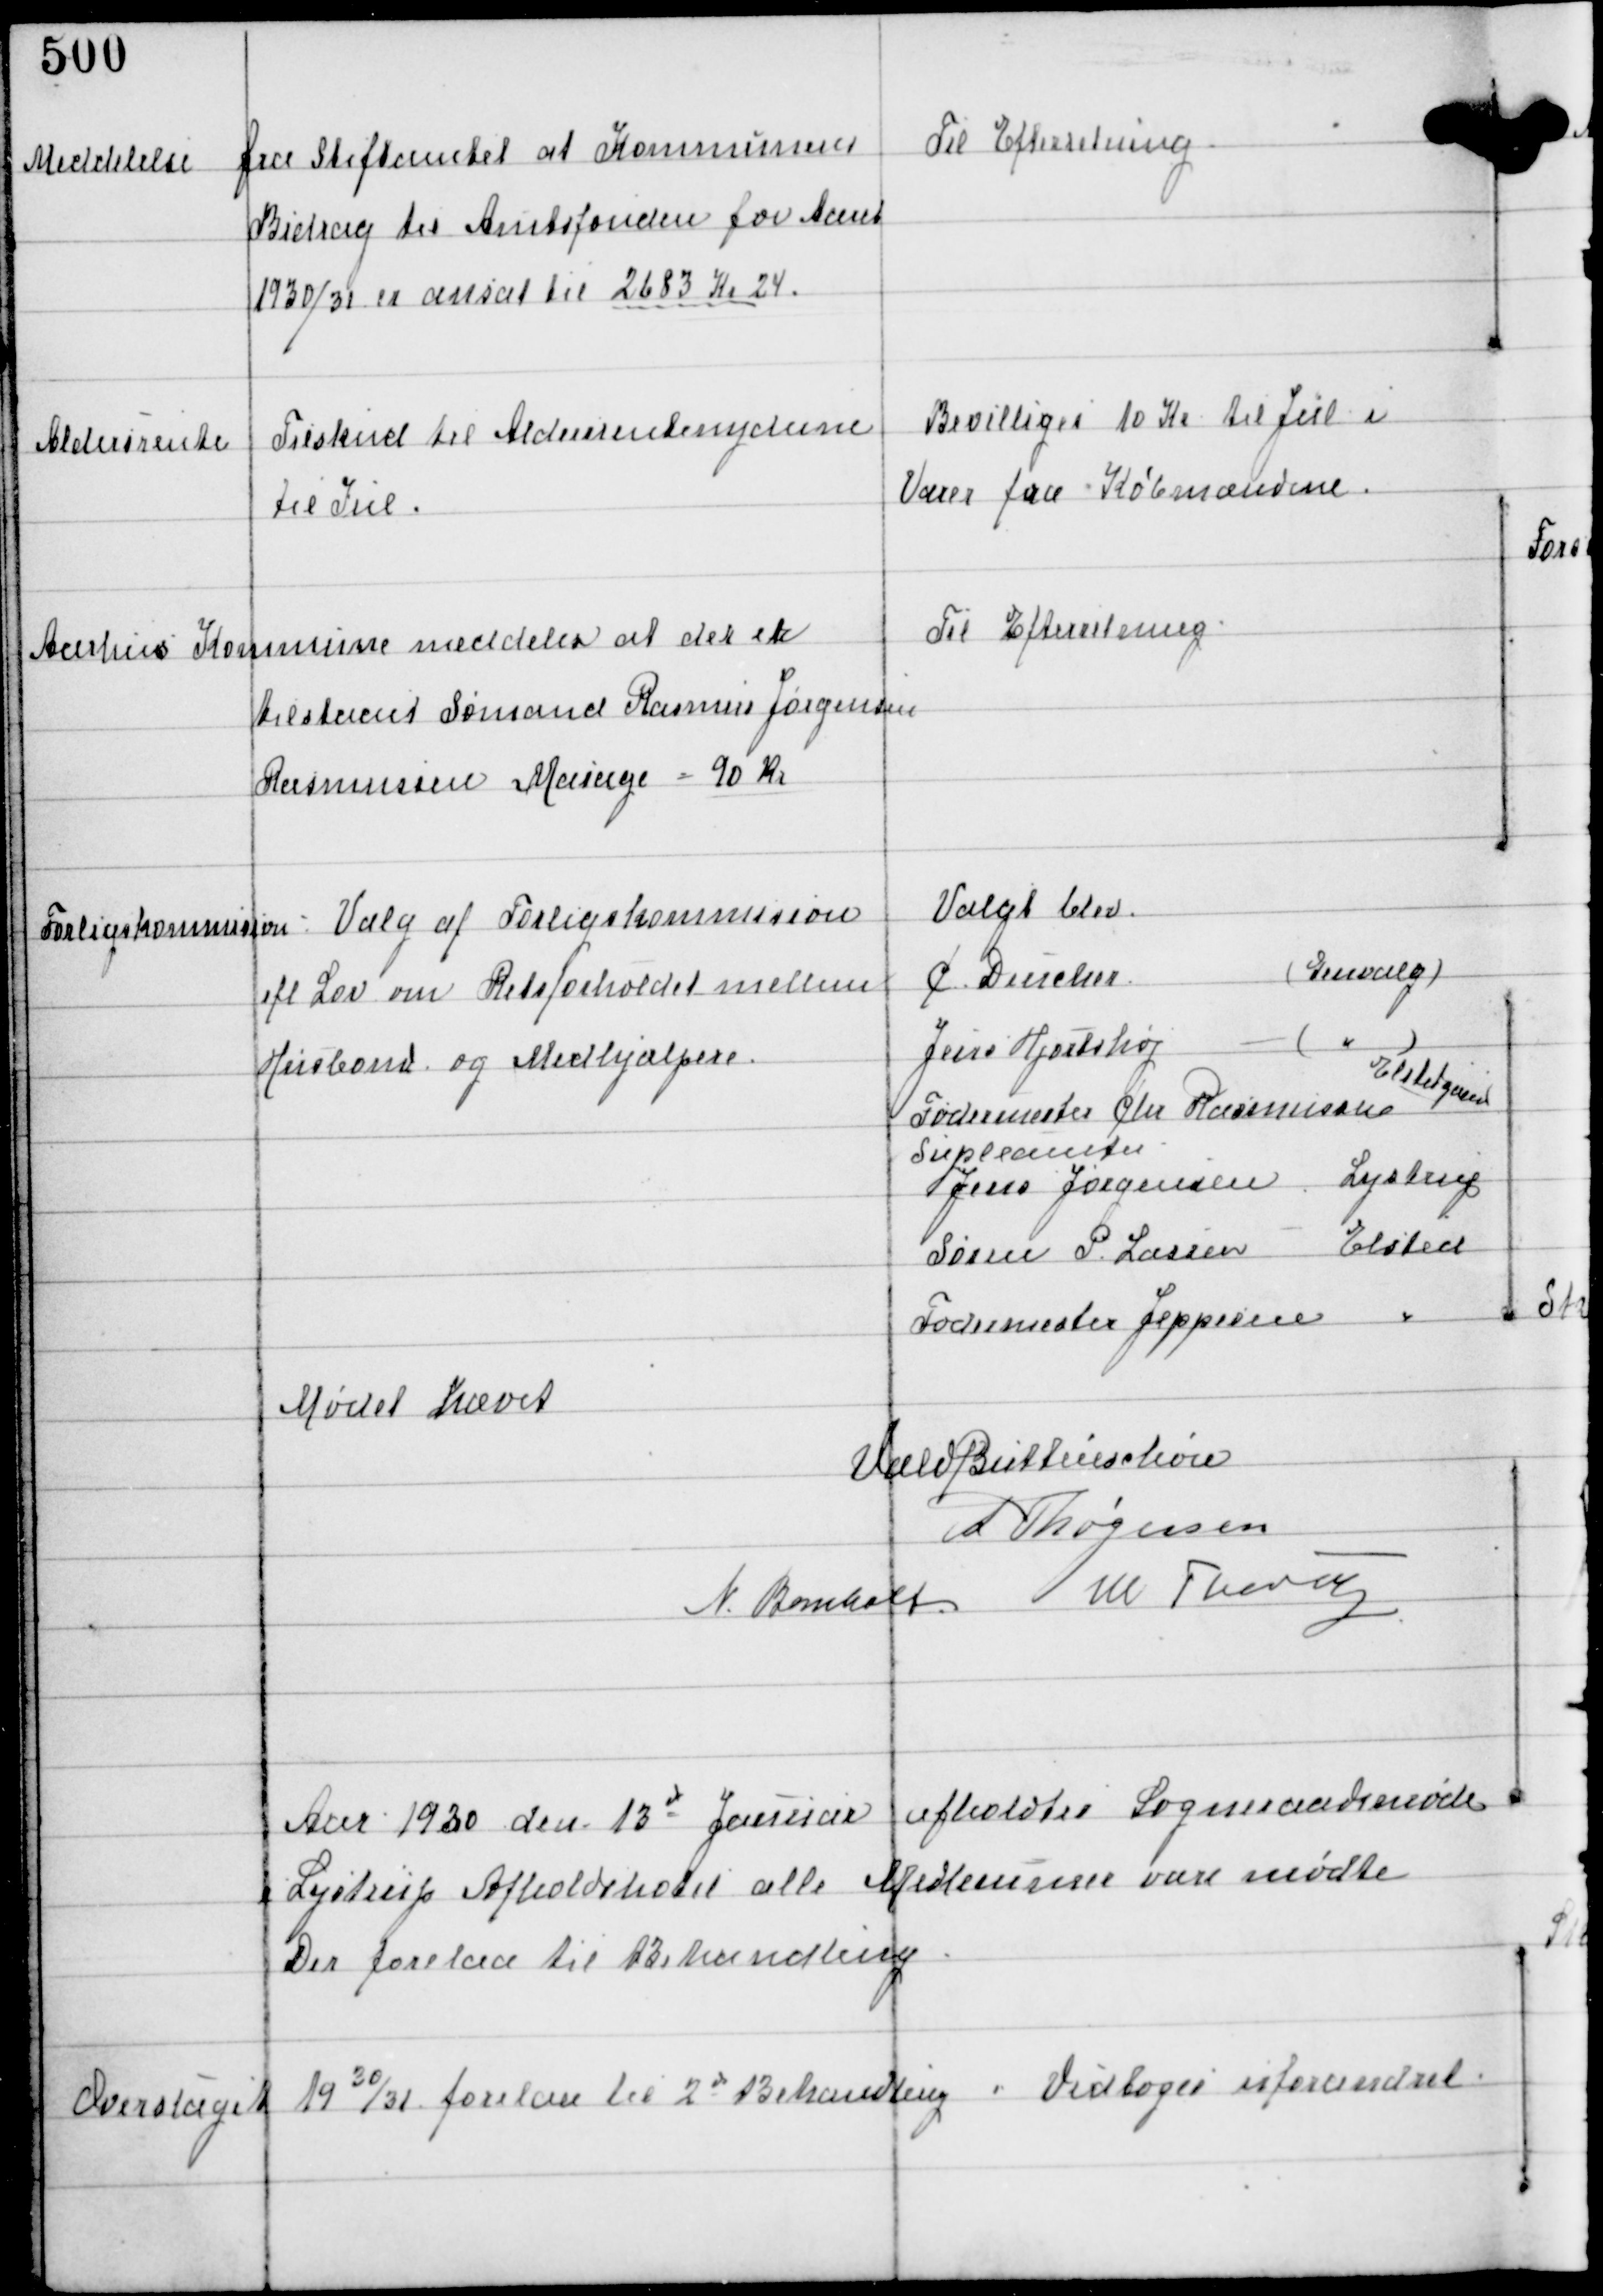
Transskription:
Meddelelse

fra Stiftamtet at Kommunens
Bidrag fra Amtsfonden for Aaret
1930/31 er ansat til 2683 Kr 24.

Til Efterretning

Aldersrente

Tilskud til Aldersrentenyderne
til Jul.

Bevilliges 10 Kr til Jul i
Varer fra Købmændene

Aarhus Kommune meddeler at der er
tilstaaet Sømand Rasmus Jørgensen
Rasmussen Mainge = 90 Kr

Til Efterretning.

Forligskommision

Valg af Forligskommision
ilf Lov om Retsforholdet mellem
Husbond og Medhjælpere.

Valget blev
C Dencker
(Genvalg)
Jens Hjortshøj - (")
Fodermester Chr Rasmussen
Elstedgaard
Supleanter
Jens Jørgensen Lystrup
Søren P. Lassen Elsted
Fodermester Jeppesen "

Mødet hævet

Vald Buttenschøn
A Thøgersen
N. Bomholt W Thorup

Aar 1930 den 13d Januar afholdtes Sogneraadsmøde
i Lystrup Afholdshotel alle Medlemmer vare mødte
Der forelaa til Behandling

Overslaget 1930/31 forlaa til 2d Behandling

Vedtoges uforandret.